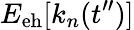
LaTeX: E_{\mathrm{eh}}[k_{n}(t^{\prime\prime})]